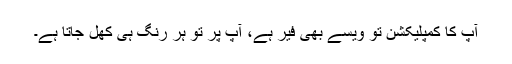
آپ کا کمپلیکشن تو ویسے بھی فیر ہے، آپ پر تو ہر رنگ ہی کھل جاتا ہے۔